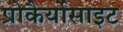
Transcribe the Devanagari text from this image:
प्रोकैर्योसाइट